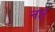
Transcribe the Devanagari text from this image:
नप्तृ